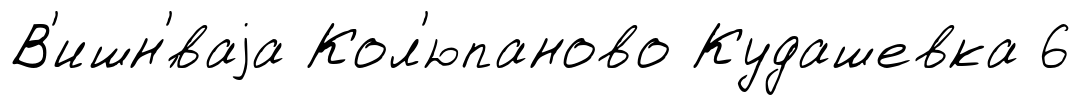
В'ишн'́ваjа Кол'юпаново Кудашевка 6